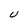
Character: U